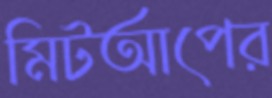
মিটআপের